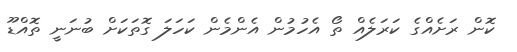
ކޮން ރަށެއްގެ ކަރަލެއް ތޯ އެހުމުން އެންމެން ކަހަލަ ގޮތަކަށް ބުނަނީ ތޮއްޑޫ